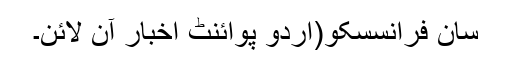
سان فرانسسکو(اُردو پوائنٹ اخبار آن لائن۔